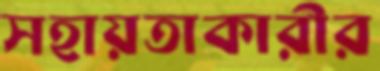
সহায়তাকারীর